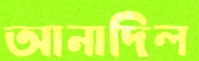
আনাদিল